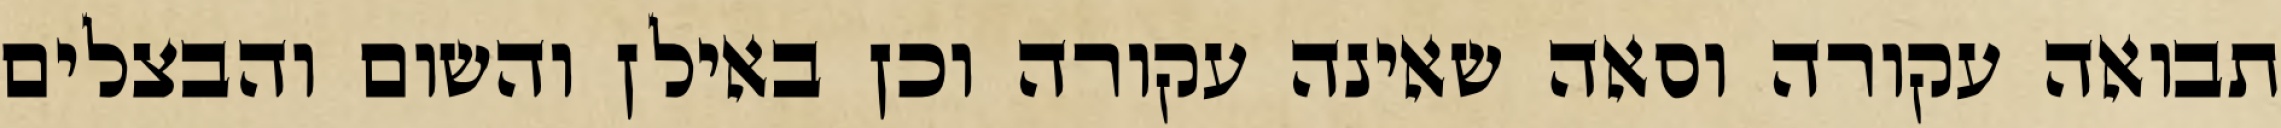
תבואה עקורה וסאה שאינה עקורה וכן באילן והשום והבצלים